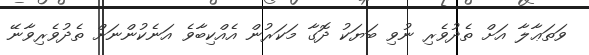
ވަތަޢާލާ އަށް ތެދުވެރި ނުވި ބަޔަކު ދޮގާ މަކަރުން އެއްކިބާވެ އަނެކުންނަށް ތެދުވެރިވާނޭ